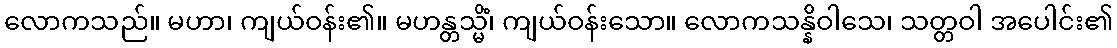
လောကသည်။ မဟာ၊ ကျယ်ဝန်း၏။ မဟန္တသ္မိံ၊ ကျယ်ဝန်းသော။ လောကသန္နိဝါသေ၊ သတ္တဝါ အပေါင်း၏